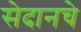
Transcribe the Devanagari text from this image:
सेदानचे